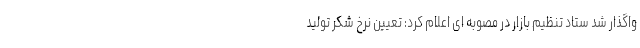
واگذار شد ستاد تنظیم بازار در مصوبه ای اعلام کرد: تعیین نرخ شکر تولید